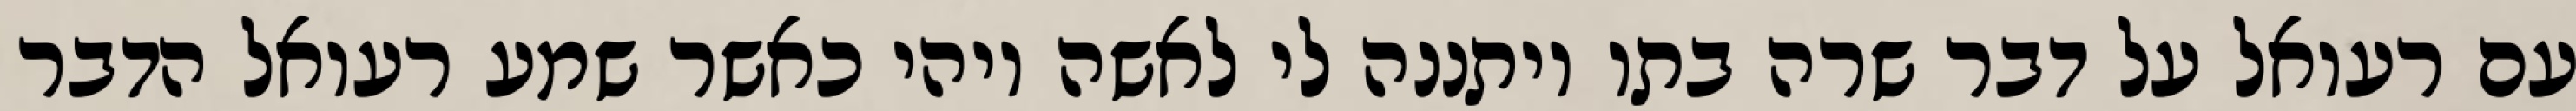
עם רעואל על דבר שרה בתו ויתננה לי לאשה ויהי כאשר שמע רעואל הדבר